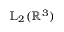
\mathbb { L } _ { 2 } ( \mathbb { R } ^ { 3 } )